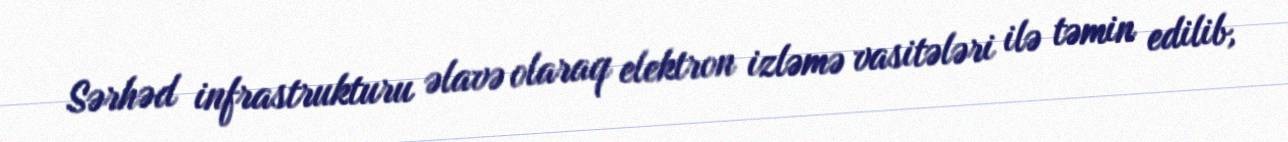
Sərhəd infrastrukturu əlavə olaraq elektron izləmə vasitələri ilə təmin edilib,